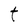
Character: t